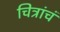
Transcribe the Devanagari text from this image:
चित्रांचं